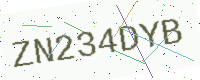
Text: ZN234DYB